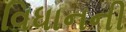
વિધાનની